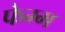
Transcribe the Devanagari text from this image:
फेम्म